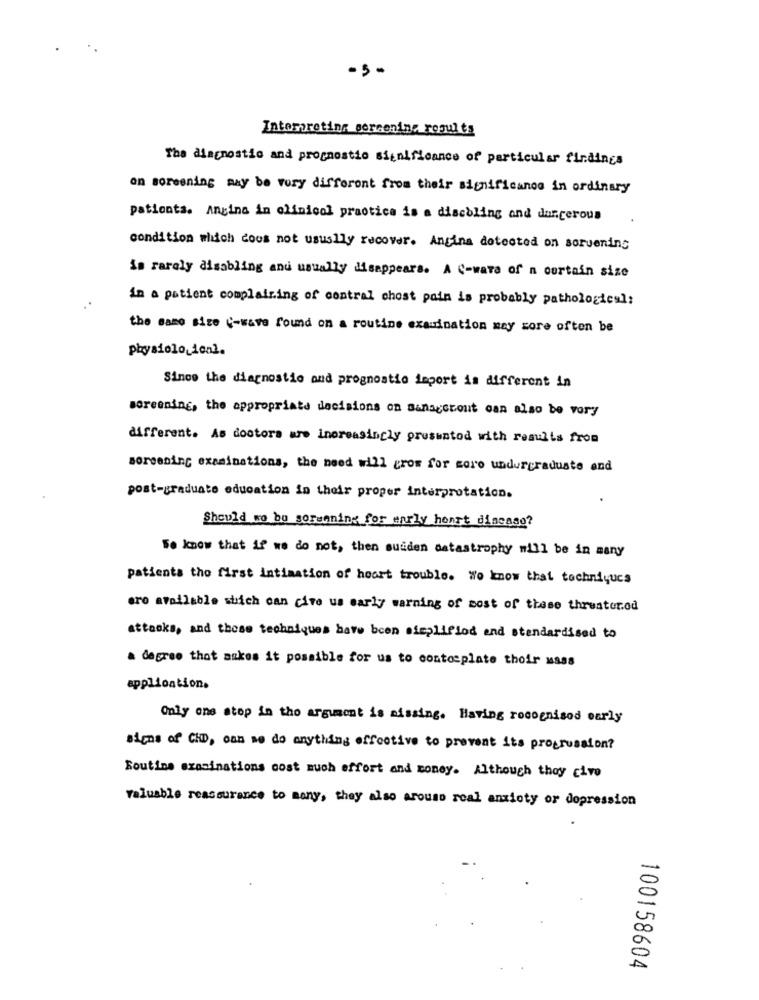
-5-
Interpreting porcening results
The diagnostic and prognostio significance of particular findings
on screening may be very different from their significanos in ordinary
pationta. Angina in clinical practice is a discoling and dangerous
condition which cous not usually recover. Angina detected on soruening
is rarely disabling and usually disappears. A C-wara of n curtain size
in a patient complaining of central chest pain is probably pathological:
the same size C-wave found on a routine examination may core often be
physiological.
Since the diagnostic and prognostio import is different in
screening, the appropriate decisions on managerout can also be very
different. As doctors are increasingly presented with results from
servering examinations, the need will grow for more undergraduate and
post-graduate education in their proper interpretation.
Should we bu sorunning for early hoort discaag?
Se know that if we do not, then suiden catastrophy will be in many
patients the first intimation of hoort trouble. We know that techniques
are available which can cive us early warning of most of these threater.od
attacks, and those techniques have been simplifiod end standardised to
a degree that makes it possible for us to contecplate their uses
application.
Only one stop in tho argument is missing. Having rocognisod early
signs of CHD, can me do anything effective to prevent its progression?
Routine examinations cost much effort and money. Although they cive
valuable reassurance to many, they also arouso real anxiety or dopression
100158604